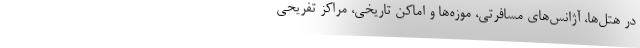
در هتل‌ها، آژانس‌های مسافرتی، موزه‌ها و اماکن تاریخی، مراکز تفریحی